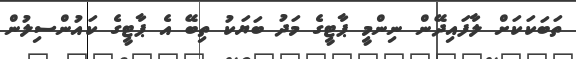
ތަބަކަކަށް ލާފައިދޭން ނިންމީ ޕާޓީގެ މަދު ބަޔަކު ތިބޭ އެ ޕާޓީގެ ކައުންސިލުން